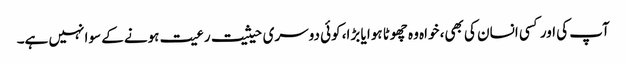
آپ کی اور کسی انسان کی بھی، خواہ وہ چھوٹا ہوا یا بڑا، کوئی دوسری حیثیت رعیت ہونے کے سوا نہیں ہے۔